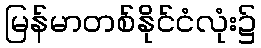
မြန်မာတစ်နိုင်ငံလုံး၌